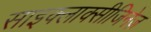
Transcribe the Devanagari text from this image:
साइक्लाक्सीजिनेज़